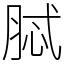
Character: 脦